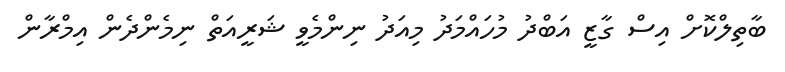
ބާތިލްކޮށް އިސް ގާޒީ އަބްދު މުހައްމަދު މިއަދު ނިންމެވީ ޝަރީއަތް ނިމެންދެން އިމްރާން